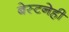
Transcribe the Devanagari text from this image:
बेस्टनेही